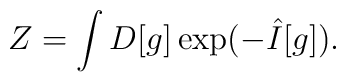
Z=\int D[g] \exp (-\hat{I}[g]).